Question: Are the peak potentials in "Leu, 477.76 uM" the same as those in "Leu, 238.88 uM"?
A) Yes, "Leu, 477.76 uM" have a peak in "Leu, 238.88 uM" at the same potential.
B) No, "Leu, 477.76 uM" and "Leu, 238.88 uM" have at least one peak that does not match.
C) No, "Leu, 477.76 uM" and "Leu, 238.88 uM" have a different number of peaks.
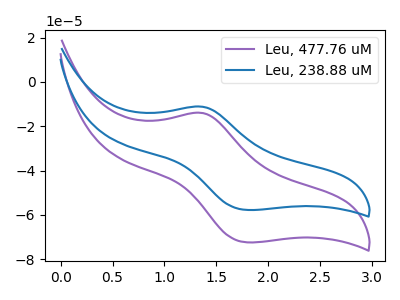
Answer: <think>The purple curve "Leu, 477.76 uM" has an anodic peak at (1.35V, -14.00uA) and a cathodic peak at (1.80V, -72.40uA). The blue curve "Leu, 238.88 uM" has an anodic peak at (1.35V, -11.15uA) and a cathodic peak at (1.80V, -57.80uA).</think>
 <answer>A) Yes, "Leu, 477.76 uM" have a peak in "Leu, 238.88 uM" at the same potential.</answer>
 <eval>A</eval>